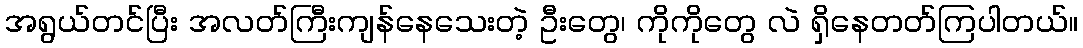
အရွယ်တင်ပြီး အလတ်ကြီးကျန်နေသေးတဲ့ ဦးတွေ၊ ကိုကိုတွေ လဲ ရှိနေတတ်ကြပါတယ်။